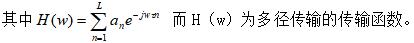
其中$H(w)=\sum_{n = 1}^{L}a_{n}e^{-jwn}$ 而 $\mathrm{H}(w)$ 为多径传输的传输函数。